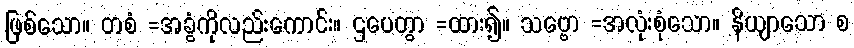
ဖြစ်သော။ တစံ =အခွံကိုလည်းကောင်း။ ဌပေတွာ =ထား၍။ သဗ္ဗော =အလုံးစုံသော။ နိယျာသော စ